Kolga_vallavalitsus, lk 39
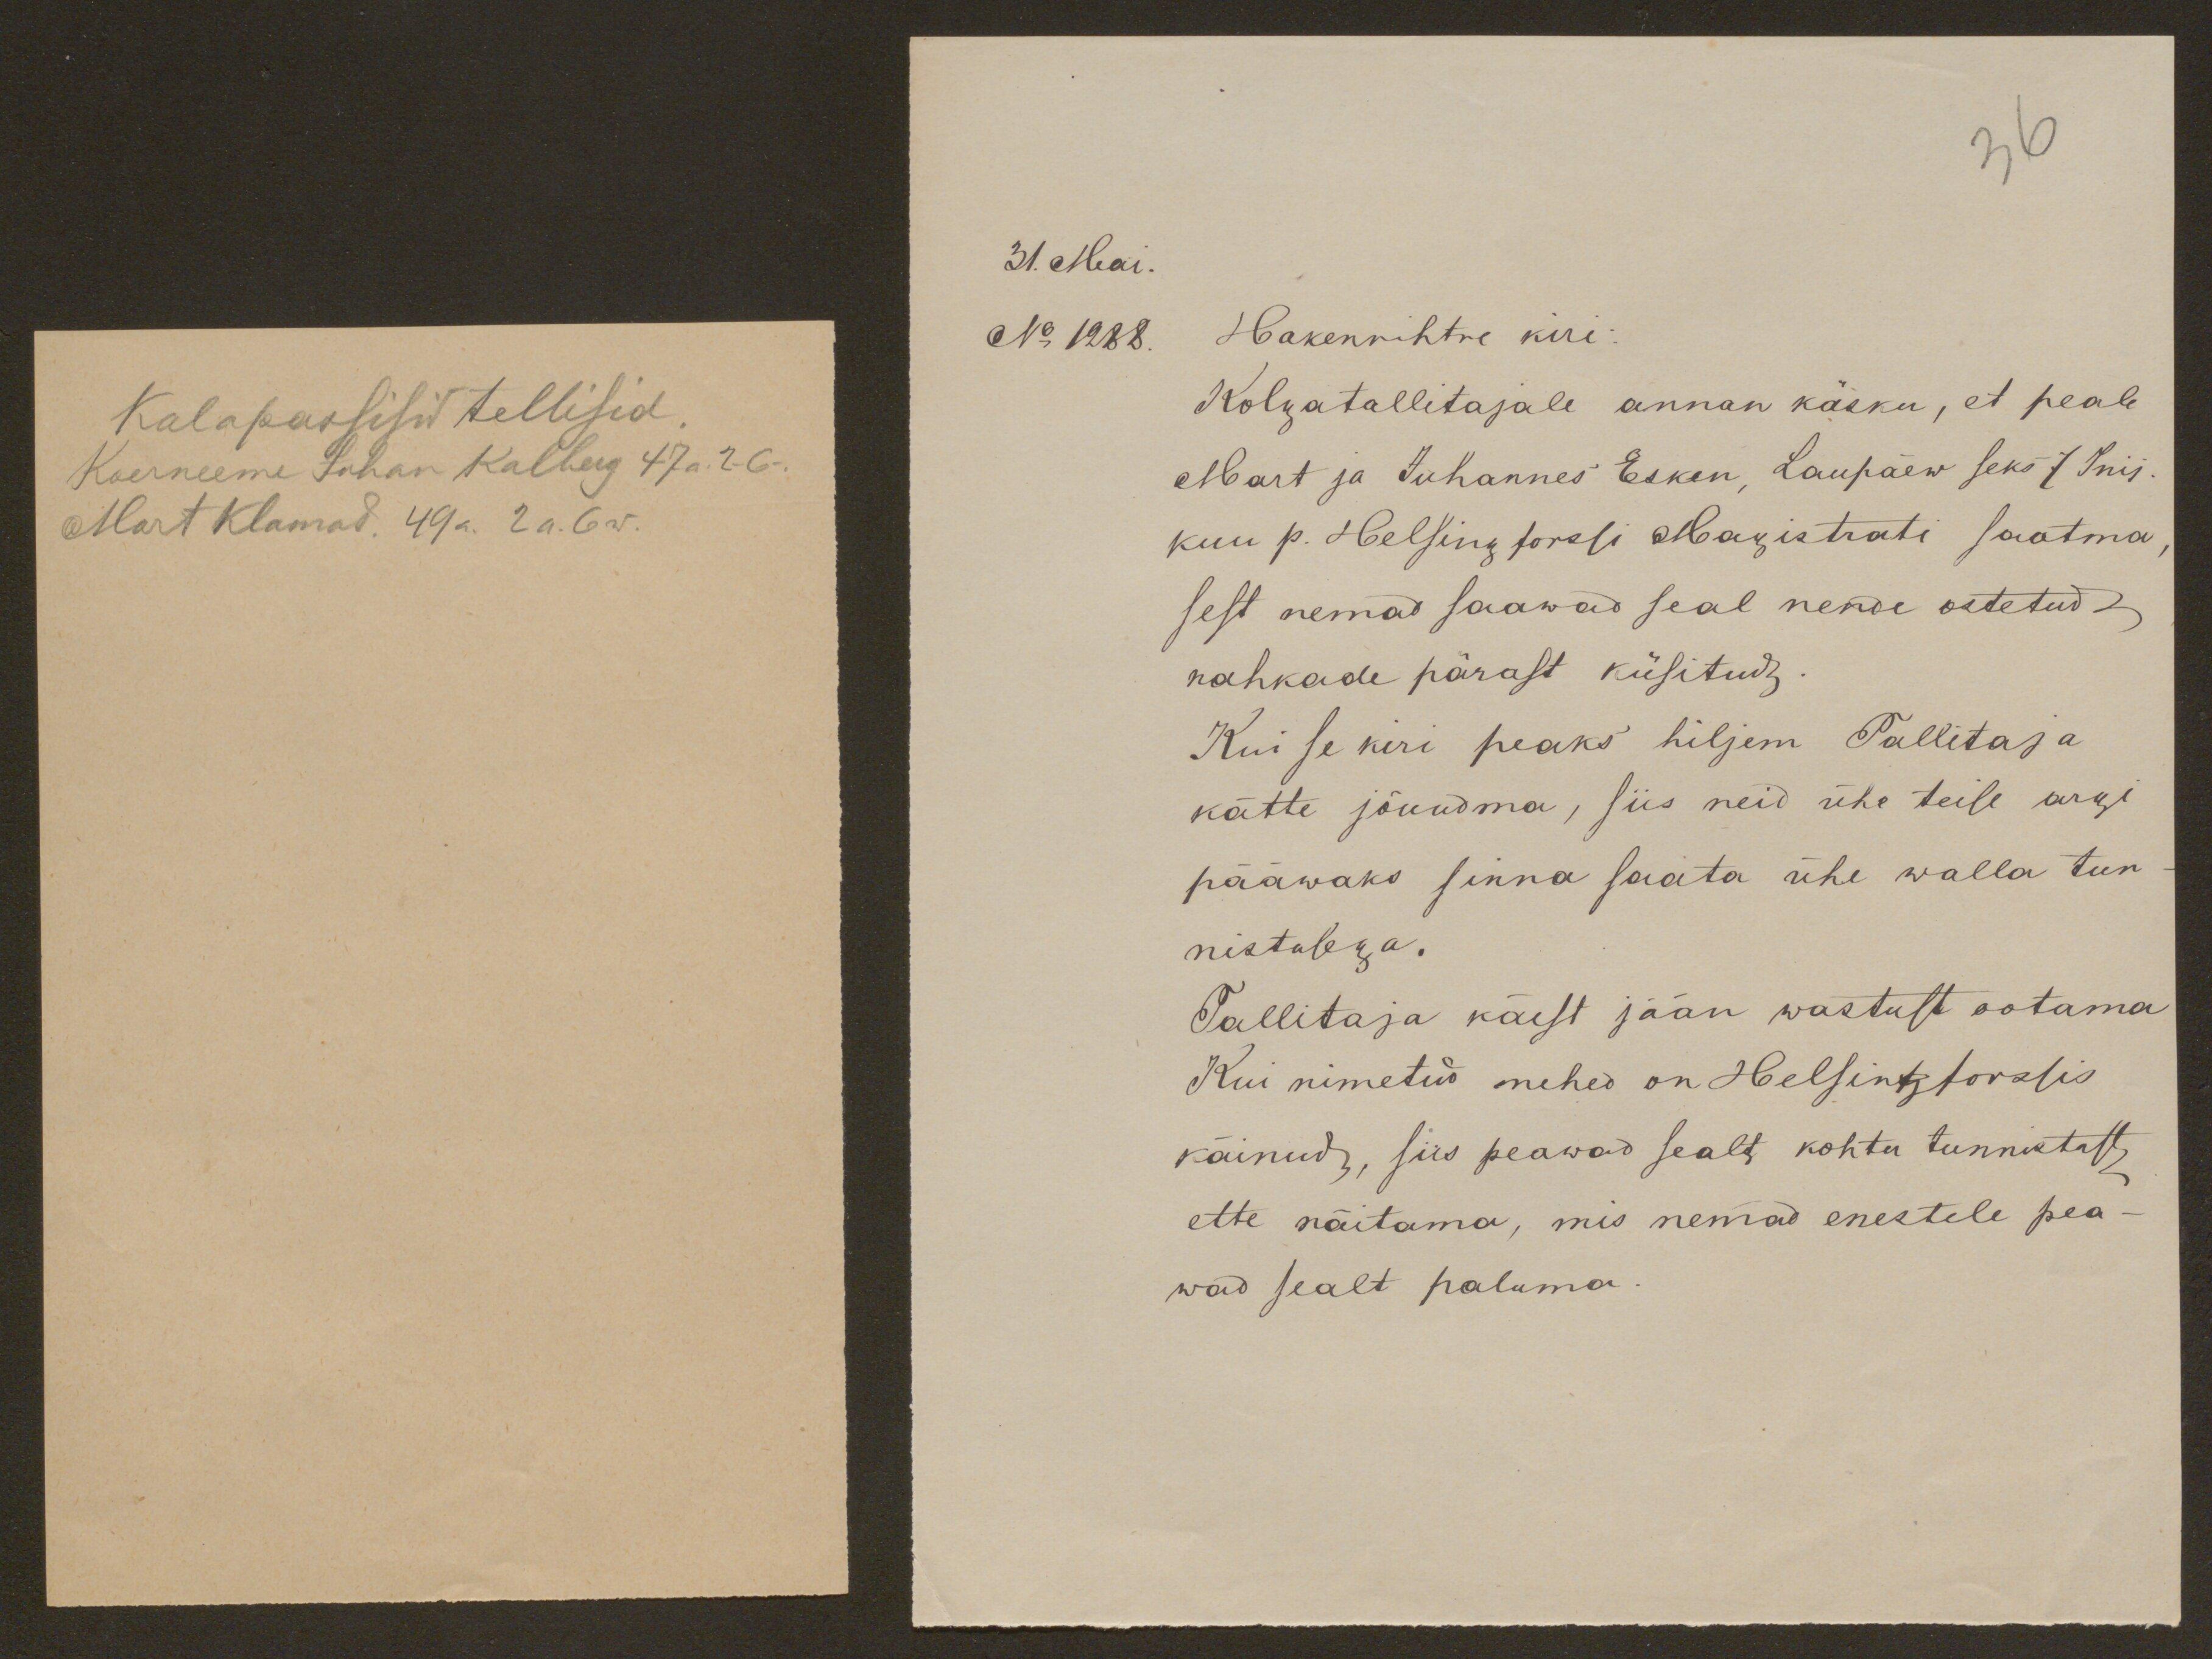
36
31. Mai.
No 1288. Hakenrihtre kiri:
Kolgatallitajale annan käsku, et peale
Mart ja Juhannes Esken, Laupäew seks 7 Inis.
kuu p. Helsingforssi Magistrati saatma
sest nemad saawad seal nende ostetud
nahkade pärast küsitud,
Kui se kiri peaks hiljem Tallitaja
kätte jõuudma, siis neid ühe teise argi
pääwaks sinna saata ühe walla tun-
nistusega.
Tallitaja käest jään wastust ootama
Kui nimetud mehed on Helsingforssis
käinud-, siis peawad sealt kohtu tunnistust
ette näitama, mis nemad enestele pea-
wad sealt paluma.

Kalapassisid tellisid.
Koerneeme Juhan Kalberg 47 a. 2-6-.
Mart Klamad. 49 a. 2 a. 6 w.